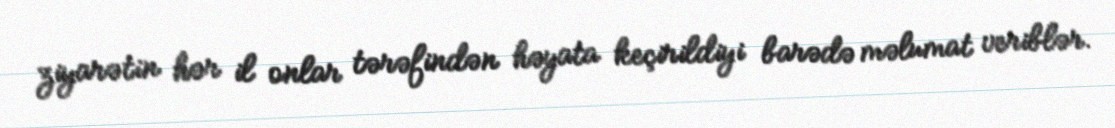
ziyarətin hər il onlar tərəfindən həyata keçirildiyi barədə məlumat veriblər.